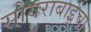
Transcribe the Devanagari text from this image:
सोयराबाईचा